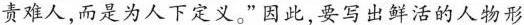
责难人,而是为人下定义。”因此,要写出鲜活的人物形